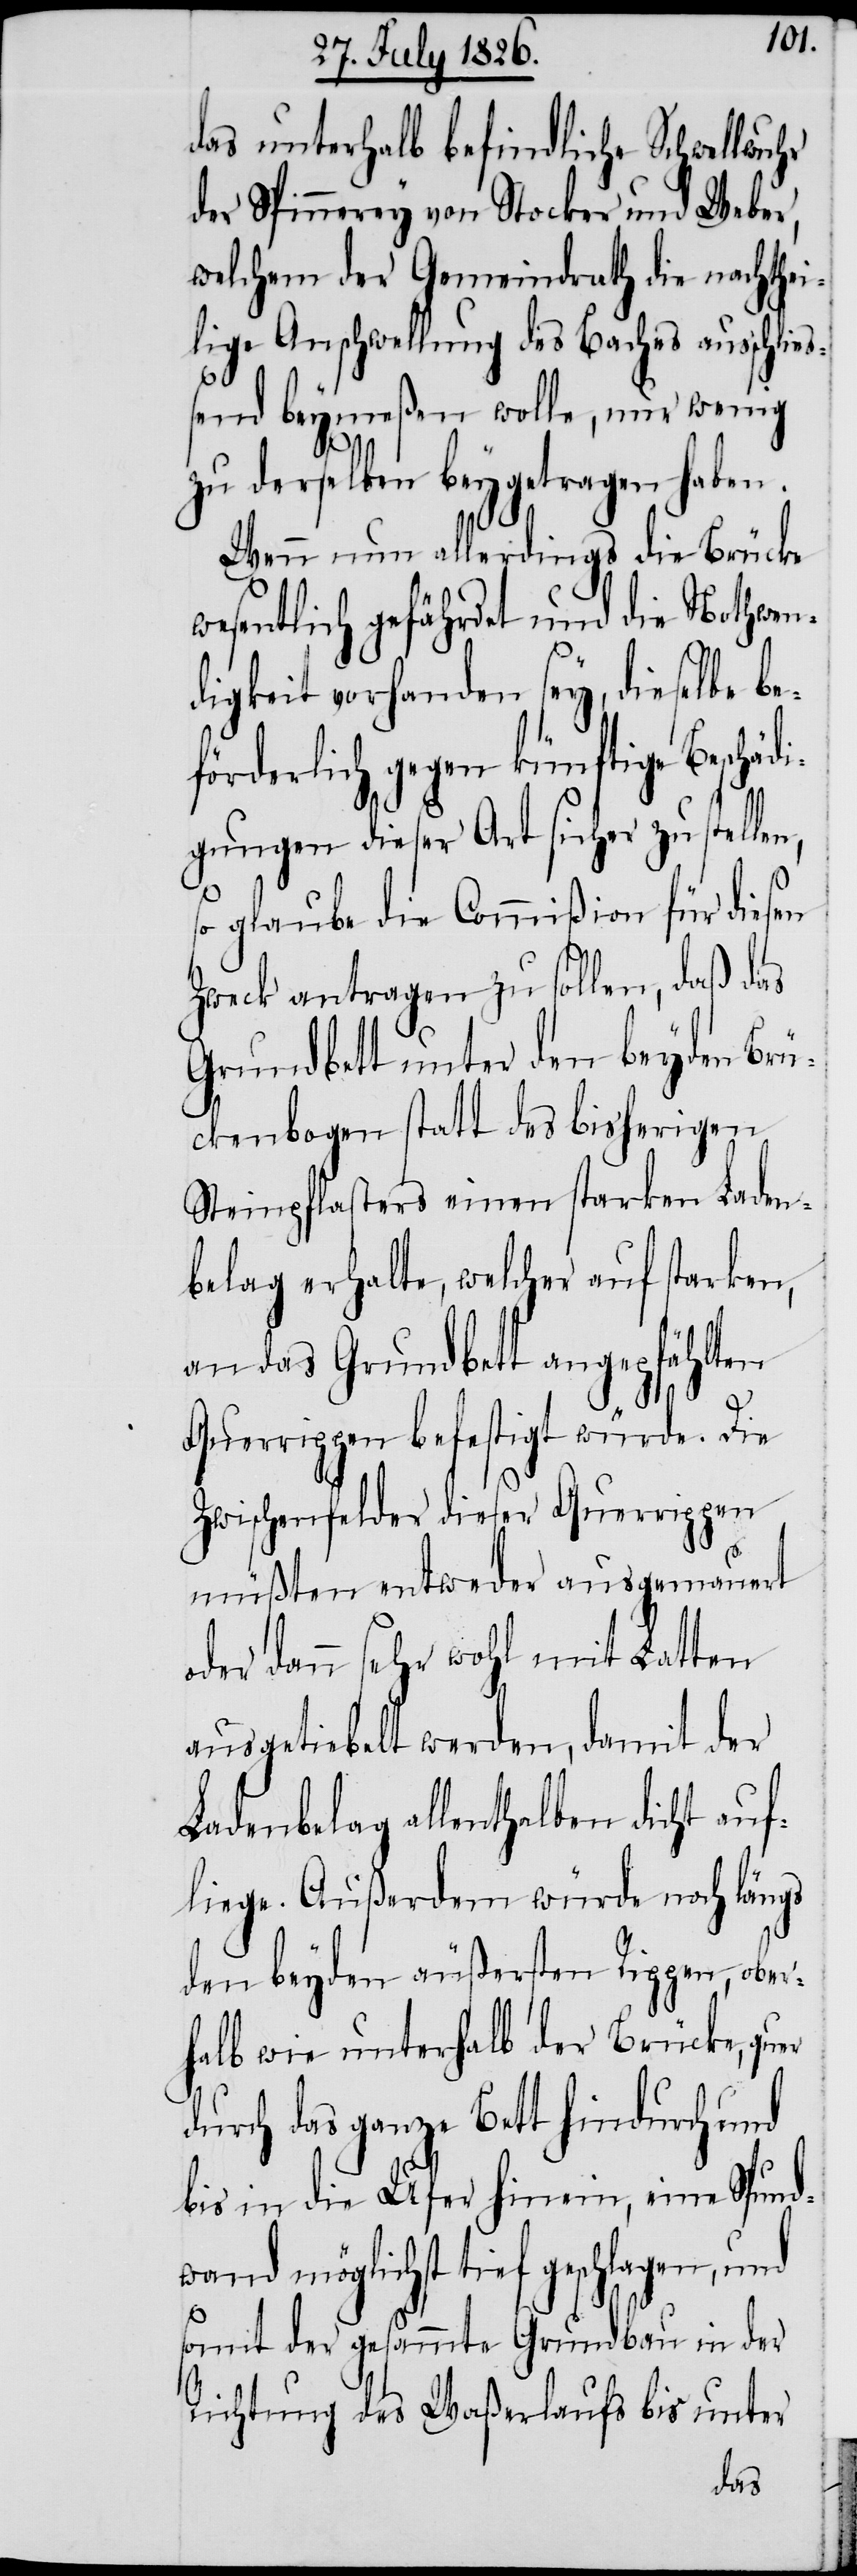
das unterhalb befindliche Schwellwuhr
der Spinnerey von Stocker und Weber,
welchem der Gemeindrath die nachthei¬
lige Anschwellung des Baches ausschlie¬
ßend beymeßen wolle, nur wenig
zu derselben beygetragen haben.
Wenn nun allerdings die Brücke
wesentlich gefährdet und die Nothwen¬
digkeit vorhanden sey, dieselbe be¬
förderlich gegen künftige Beschädi¬
gungen dieser Art sicher zu stellen,
so glaube die Commißion für diesen
Zweck antragen zu sollen, daß das
Rundbett unter den beyden Brü¬
ckenbogen statt des bisherigen
Steinpflasters einen starken Laden¬
belag erhalte, welcher auf starken,
an das Grundbett angepfählten
Querrippen befestigt würde. Die
Zwischenfelder dieser Querrippen
müßten entweder ausgemauert
oder dann sehr wohl mit Latten
ausgetiebelt werden, damit der
Ladenbelag allenthalben dicht auf¬
liege. Außerdem würde noch längs
den beyden äußersten Rippen, ober¬
halb wie unterhalb der Brücke,
das ganze Bett hindurch und
bis in die Ufer hinein, eine Spund¬
wand möglichst tief geschlagen, und
somit der gesammte Grundbau in der
Richtung des Waßerlaufs bis unter